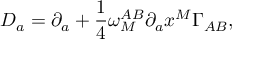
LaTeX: { \cal D } _ { a } = \partial _ { a } + { \frac { 1 } { 4 } } \omega _ { M } ^ { A B } \partial _ { a } x ^ { M } \Gamma _ { A B } ,